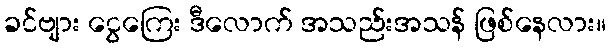
ခင်ဗျား ငွေကြေး ဒီလောက် အသည်းအသန် ဖြစ်နေလား။